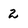
Character: 2